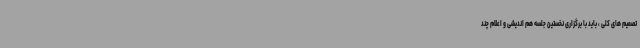
تصمیم های کلی ، باید با برگزاری نخستین جلسه هم اندیشی و اعلام چند